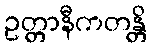
ဥတ္တာနီကတန္တိ